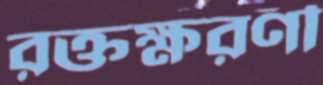
রক্তক্ষরণী